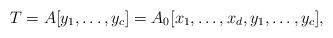
LaTeX: \begin{align*}T = A[y_1,\ldots,y_c] = A_0[x_1,\ldots,x_d,y_1,\ldots,y_c],\end{align*}